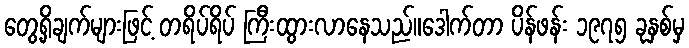
တွေ့ရှိချက်များဖြင့် တရိပ်ရိပ် ကြီးထွားလာနေသည်။ဒေါက်တာ ပိန်ဖန်း ၁၉၇၅ ခုနှစ်မှ